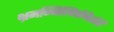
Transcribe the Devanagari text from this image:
भ्रमन्निलिंपनिर्झरी